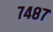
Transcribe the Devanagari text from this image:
७४८७